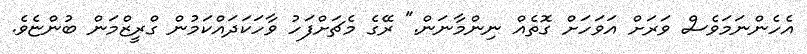
އެހެންނަމަވެސް ވަރަށް އަވަހަށް ގޮތެއް ނިންމާނަން." ރޭގެ މެޗަށްފަހު ވާހަކަދައްކަމުން ގްރީޒްމަން ބުންޏެވެ.